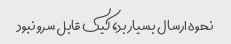
نحوه ارسال بسیار بد، کیک قابل سرو نبود